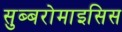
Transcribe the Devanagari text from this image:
सुब्बरोमाइसिस